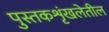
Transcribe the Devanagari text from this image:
पुस्तकशृंखलेतील